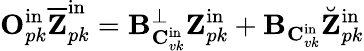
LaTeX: \mathbf{O}_{pk}^{\mathrm{in}}\overline{{\mathbf{Z}}}_{pk}^{\mathrm{in}}=\mathbf{B}_{\mathbf{C}_{vk}^{\mathrm{in}}}^{\perp}\mathbf{Z}_{pk}^{\mathrm{in}}+\mathbf{B}_{\mathbf{C}_{vk}^{\mathrm{in}}}\breve{\mathbf{Z}}_{pk}^{\mathrm{in}}